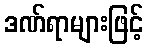
ဒဏ်ရာများဖြင့်